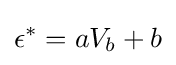
\epsilon ^{*}=aV_{b}+b